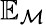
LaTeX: \mathbb{E}_{\mathcal{M}}